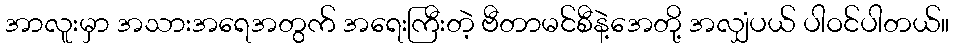
အာလူးမှာ အသားအရေအတွက် အရေးကြီးတဲ့ ဗီတာမင်စီနဲ့အေတို့ အလျှံပယ် ပါဝင်ပါတယ်။